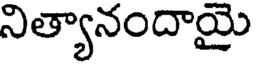
నిత్యానందాయై